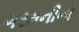
ગરમનીનો